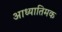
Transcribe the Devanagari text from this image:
आध्यातिमक